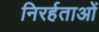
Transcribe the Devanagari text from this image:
निरर्हताओं